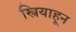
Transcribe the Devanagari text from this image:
स्त्रियाहून